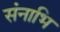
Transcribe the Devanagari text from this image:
संनाभि